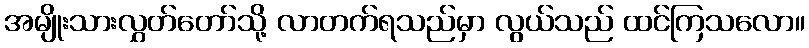
အမျိုးသားလွှတ်တော်သို့ လာတက်ရသည်မှာ လွယ်သည် ထင်ကြသလော။